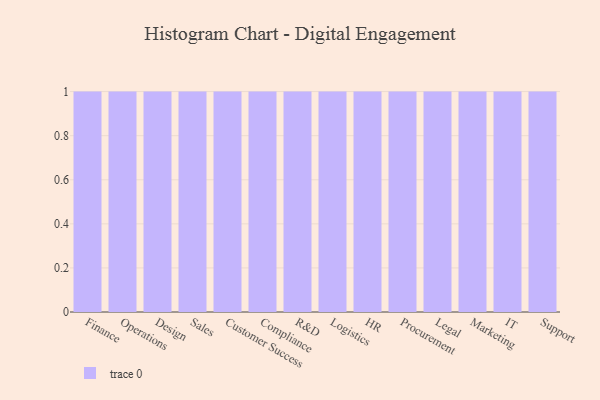
{"axis": {"x": "Department", "y": "Latency (ms)"}, "legend": [""], "data": [{"x": "Finance", "y": 2, "type": ""}, {"x": "Operations", "y": 85, "type": ""}, {"x": "Design", "y": 66, "type": ""}, {"x": "Sales", "y": 92, "type": ""}, {"x": "Customer Success", "y": 45, "type": ""}, {"x": "Compliance", "y": 1, "type": ""}, {"x": "R&D", "y": 99, "type": ""}, {"x": "Logistics", "y": 78, "type": ""}, {"x": "HR", "y": 63, "type": ""}, {"x": "Procurement", "y": 87, "type": ""}, {"x": "Legal", "y": 63, "type": ""}, {"x": "Marketing", "y": 84, "type": ""}, {"x": "IT", "y": 57, "type": ""}, {"x": "Support", "y": 33, "type": ""}]}